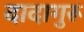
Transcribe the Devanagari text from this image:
दादागुरू